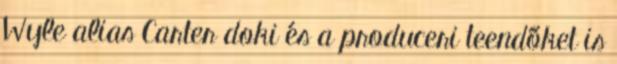
Wyle alias Carter doki és a produceri teendőket is